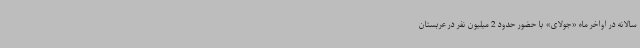
سالانه در اواخر ماه «جولای» با حضور حدود 2 میلیون نفر در عربستان